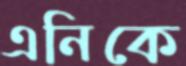
এনিকে